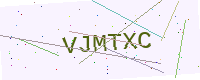
Text: VJMTXC